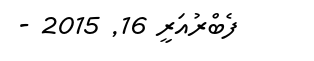
ފެބްރުއަރީ 16